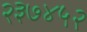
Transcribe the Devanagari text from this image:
२३७४५२